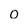
Character: o